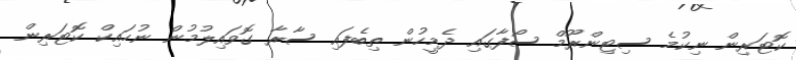
ކޮޓަރިން ނިކުމެ ސިޓިންރޫމް ސޯފާގައި ދެމީހުން ތިބެފައި ސާރާ ގޮވައިލުމުން ނުހައިކް ކޮޓަރިން